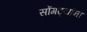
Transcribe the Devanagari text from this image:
सोंगट्यांना